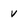
Character: v